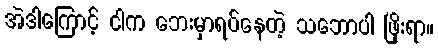
အဲဒါကြောင့် ငါက ဘေးမှာရပ်နေတဲ့ သဘောပါ ဖြိုးရာ။